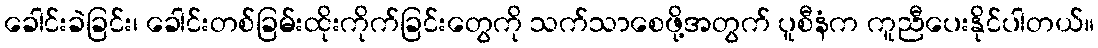
ခေါင်းခဲခြင်း၊ ခေါင်းတစ်ခြမ်းထိုးကိုက်ခြင်းတွေကို သက်သာစေဖို့အတွက် ပူစီနံက ကူညီပေးနိုင်ပါတယ်။